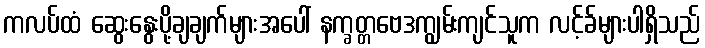
ကလပ်ထံ ဆွေးနွေးပို့ချချက်များအပေါ် နက္ခတ္တဗေဒကျွမ်းကျင်သူက လင့်ခ်များပါရှိသည်